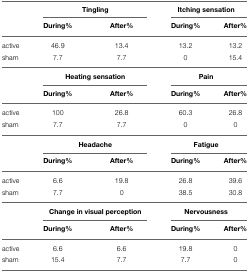
<table><thead><tr><td></td><td colspan="2"><b>Tingling</b></td><td colspan="2"><b>Itching sensation</b></td></tr><tr><td></td><td><b>During%</b></td><td><b>After%</b></td><td><b>During%</b></td><td><b>After%</b></td></tr></thead><tbody><tr><td>active</td><td>46.9</td><td>13.4</td><td>13.2</td><td>13.2</td></tr><tr><td>sham</td><td>7.7</td><td>7.7</td><td>0</td><td>15.4</td></tr><tr><td></td><td colspan="2"><b>Heating sensation</b></td><td colspan="2"><b>Pain</b></td></tr><tr><td></td><td><b>During%</b></td><td><b>After%</b></td><td><b>During%</b></td><td><b>After%</b></td></tr><tr><td>active</td><td>100</td><td>26.8</td><td>60.3</td><td>26.8</td></tr><tr><td>sham</td><td>7.7</td><td>7.7</td><td>0</td><td>0</td></tr><tr><td></td><td colspan="2"><b>Headache</b></td><td colspan="2"><b>Fatigue</b></td></tr><tr><td></td><td><b>During%</b></td><td><b>After%</b></td><td><b>During%</b></td><td><b>After%</b></td></tr><tr><td>active</td><td>6.6</td><td>19.8</td><td>26.8</td><td>39.6</td></tr><tr><td>sham</td><td>7.7</td><td>0</td><td>38.5</td><td>30.8</td></tr><tr><td></td><td colspan="2"><b>Change in visual perception</b></td><td colspan="2"><b>Nervousness</b></td></tr><tr><td></td><td><b>During%</b></td><td><b>After%</b></td><td><b>During%</b></td><td><b>After%</b></td></tr><tr><td>active</td><td>6.6</td><td>6.6</td><td>19.8</td><td>0</td></tr><tr><td>sham</td><td>15.4</td><td>7.7</td><td>7.7</td><td>0</td></tr></tbody></table>